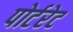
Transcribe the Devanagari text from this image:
पोर्टरेट